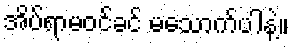
အိပ်ရာမဝင်ခင် မသောက်ပါနဲ့။